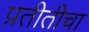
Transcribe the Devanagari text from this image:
प्रतीतीचा